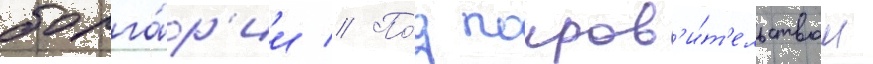
болга́р'ии // По́д покров'и́т'ельством